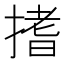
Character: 搘